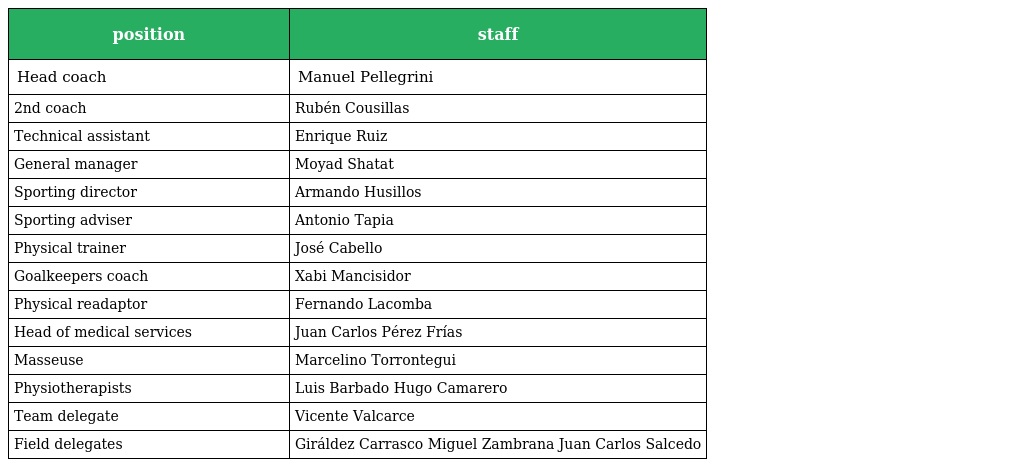
| position | staff |
 | --- | --- |
 | Head coach | Manuel Pellegrini |
 | 2nd coach | Rubén Cousillas |
 | Technical assistant | Enrique Ruiz |
 | General manager | Moyad Shatat |
 | Sporting director | Armando Husillos |
 | Sporting adviser | Antonio Tapia |
 | Physical trainer | José Cabello |
 | Goalkeepers coach | Xabi Mancisidor |
 | Physical readaptor | Fernando Lacomba |
 | Head of medical services | Juan Carlos Pérez Frías |
 | Masseuse | Marcelino Torrontegui |
 | Physiotherapists | Luis Barbado Hugo Camarero |
 | Team delegate | Vicente Valcarce |
 | Field delegates | Giráldez Carrasco Miguel Zambrana Juan Carlos Salcedo |